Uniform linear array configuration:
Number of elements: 12
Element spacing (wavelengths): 0.25
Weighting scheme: hamming
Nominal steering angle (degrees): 15
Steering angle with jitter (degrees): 16.958
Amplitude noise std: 0.05
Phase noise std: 0.05

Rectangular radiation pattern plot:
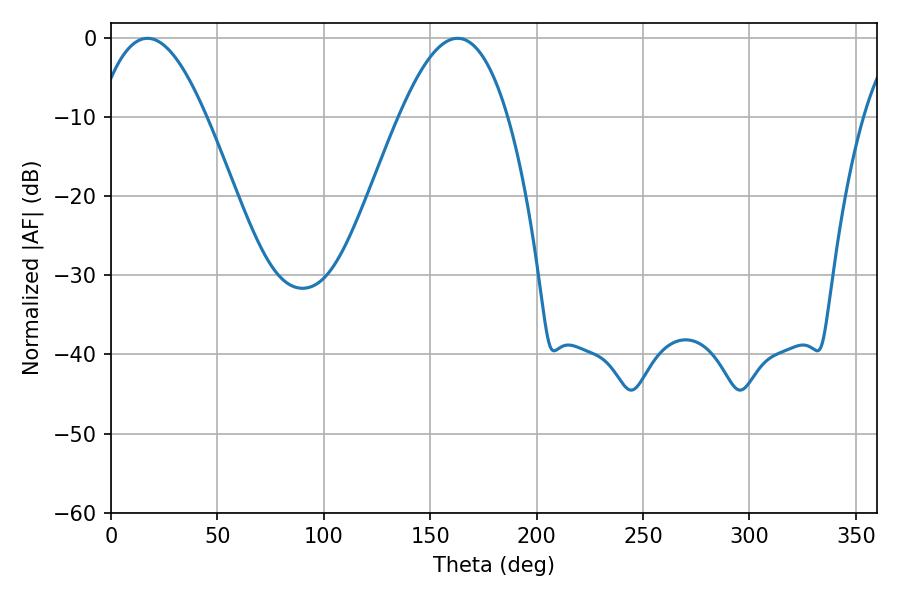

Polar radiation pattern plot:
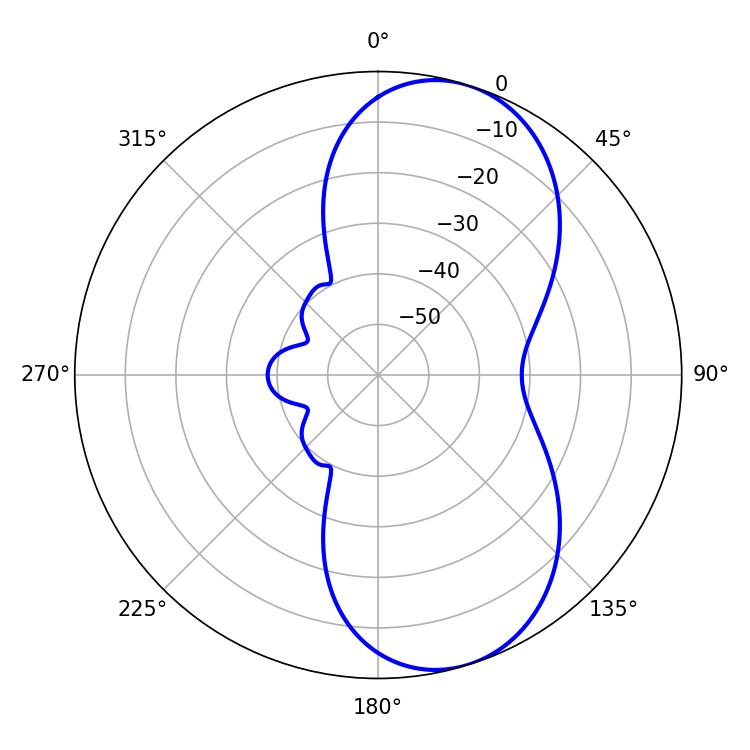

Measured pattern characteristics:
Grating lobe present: FALSE
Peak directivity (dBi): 7.857
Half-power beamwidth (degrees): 27.9
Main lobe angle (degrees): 17.1